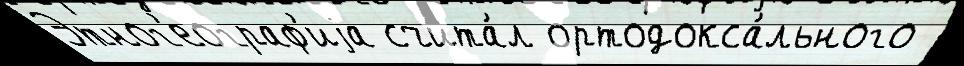
Этног'еограф'иjа счита́л ортодокса́льного